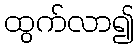
ထွက်လာ၍